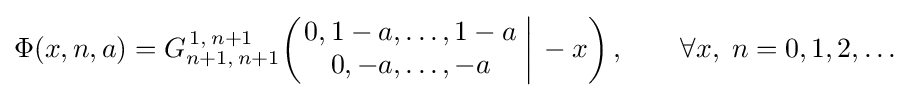
\Phi (x,n,a)=G_{n+1,\,n+1}^{\,1,\,n+1}\!\left(\left.{\begin{matrix}0,1-a,\dots ,1-a\\0,-a,\dots ,-a\end{matrix}}\;\right|\,-x\right),\qquad \forall x,\;n=0,1,2,\dots